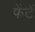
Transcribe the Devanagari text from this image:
फेंटें